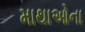
માથાઓના